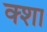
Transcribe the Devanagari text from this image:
क्शा